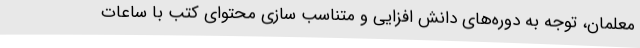
معلمان، توجه به دوره‌های دانش افزایی و متناسب سازی محتوای کتب با ساعات